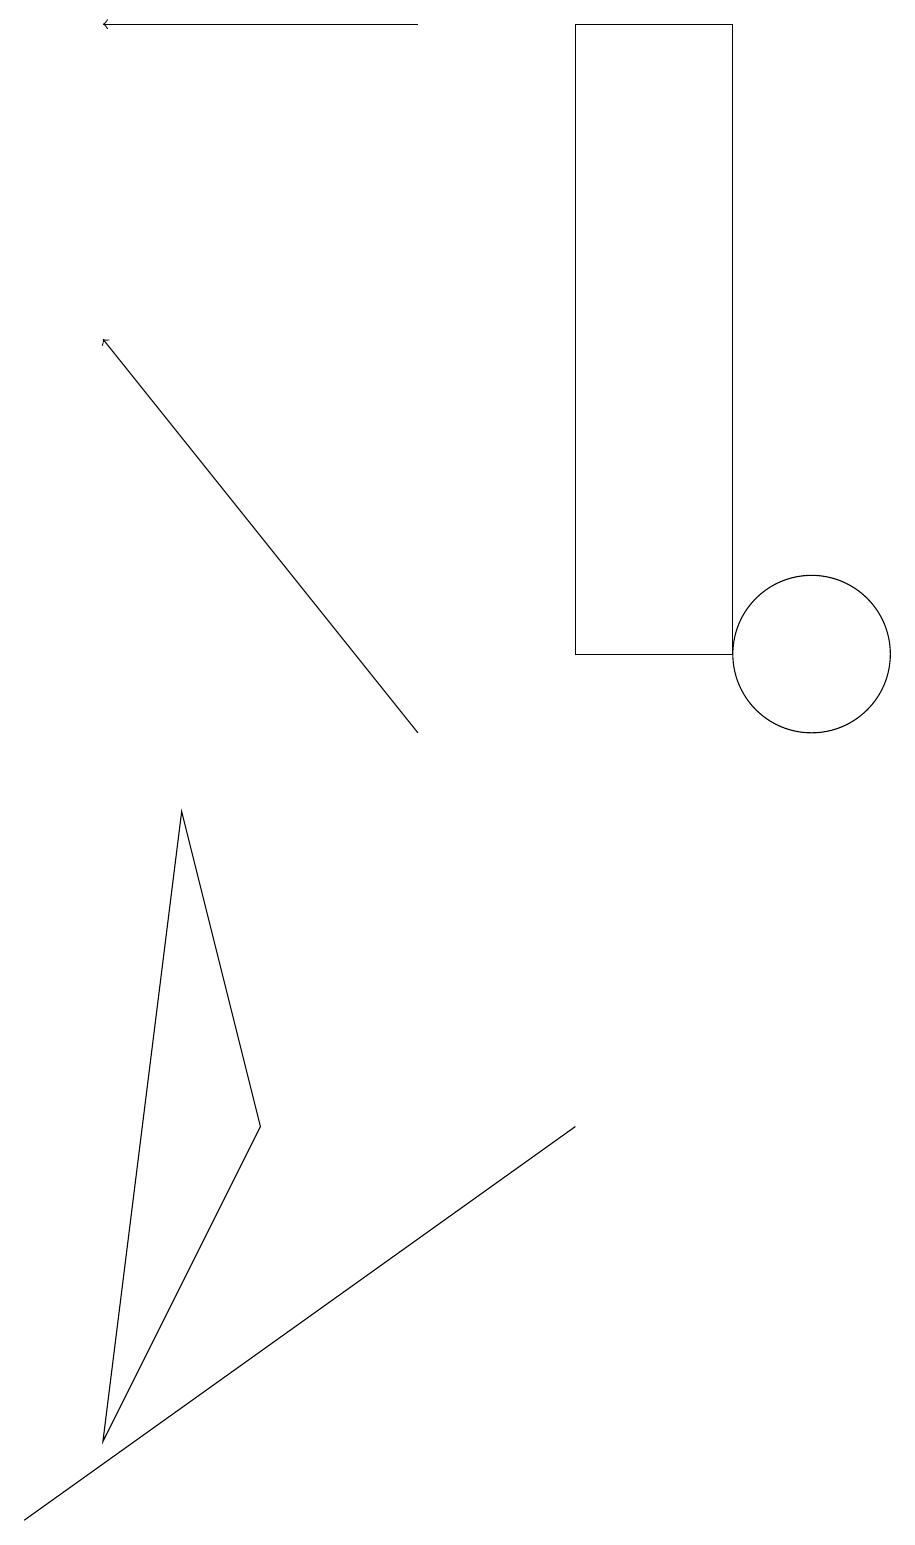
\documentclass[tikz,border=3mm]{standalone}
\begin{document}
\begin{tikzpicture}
\draw (7,5) -- (0,0) -- (0,0) -- cycle;
\draw[->] (5,19) -- (1,19);
\draw (10,11) circle (1);
\draw (7,19) rectangle (9,11);
\draw (1,1) -- (3,5) -- (2,9) -- cycle;
\draw[->] (5,10) -- (1,15);
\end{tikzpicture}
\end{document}